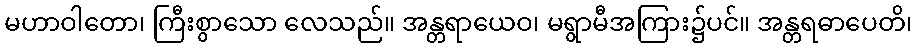
မဟာဝါတော၊ ကြီးစွာသော လေသည်။ အန္တရာယေဝ၊ မရွာမီအကြား၌ပင်။ အန္တရဓာပေတိ၊